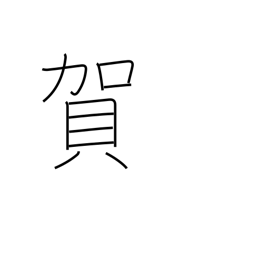
Meaning: congratulations